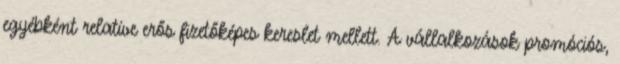
egyébként relatíve erős fizetőképes kereslet mellett. A vállalkozások promóciós,